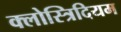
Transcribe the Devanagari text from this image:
क्लोस्त्रिदियम